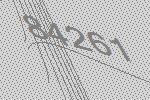
84261